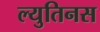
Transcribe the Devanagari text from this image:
ल्युतिनस